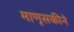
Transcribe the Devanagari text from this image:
माणूसकीने